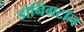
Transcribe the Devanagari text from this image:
डोनिंगटॉन